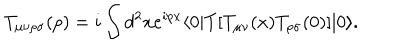
T _ { \mu \nu \rho \sigma } ( p ) = i \int d ^ { 2 } x e ^ { i p x } \langle 0 \vert T \lbrack T _ { \mu \nu } ( x ) T _ { \rho \sigma } ( 0 ) \rbrack \vert 0 \rangle .